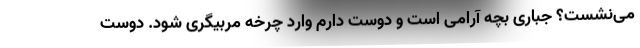
می‌نشست؟ جباری بچه آرامی است و دوست دارم وارد چرخه مربیگری شود. دوست